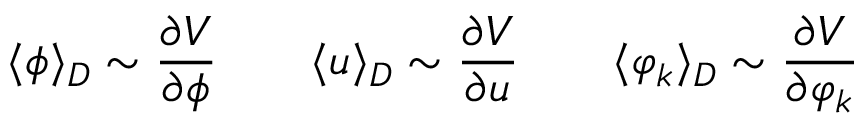
\langle \phi \rangle _ { D } \sim \frac { \partial V } { \partial \phi } \qquad \langle u \rangle _ { D } \sim \frac { \partial V } { \partial u } \qquad \langle \varphi _ { k } \rangle _ { D } \sim \frac { \partial V } { \partial \varphi _ { k } }